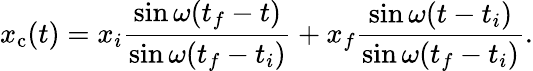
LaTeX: x_{\mathrm{c}}(t)=x_{i}{\frac{\sin\omega(t_{f}-t)}{\sin\omega(t_{f}-t_{i})}}+x_{f}{\frac{\sin\omega(t-t_{i})}{\sin\omega(t_{f}-t_{i})}}.